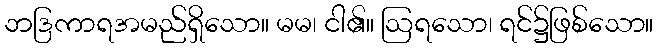
ဘဒြကာရအမည်ရှိသော။ မမ၊ ငါ၏။ ဩရသော၊ ရင်၌ဖြစ်သော။